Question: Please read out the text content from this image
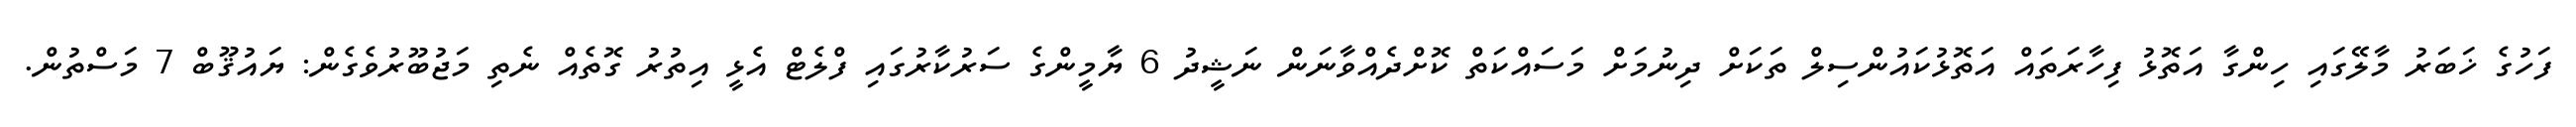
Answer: ފަހުގެ ޚަބަރު މާލޭގައި ހިންގާ އަތޮޅު ފިހާރަތައް އަތޮޅުކައުންސިލް ތަކަށް ދިނުމަށް މަސައްކަތް ކޮށްދެއްވާނަން ނަޝީދު 6 ޔާމީންގެ ސަރުކާރުގައި ފްލެޓް އެޅީ އިތުރު ގޮތެއް ނެތި މަޖުބޫރުވެގެން: ޔައުޤޫބް 7 މަސްތުން.